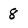
Character: 8